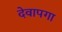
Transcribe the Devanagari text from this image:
देवापगा